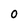
Character: 0